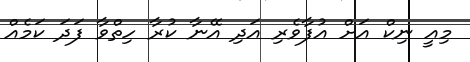
މިއީ ނިކް އަށް އުފާވެރި އަދި އޭނާ ކުރާ ހިތްވާ ފަދަ ކަމެއް